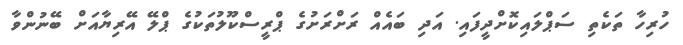
ހުރިހާ ތަކެތި ސަޕްލައިކޮށްދީފައި. އަދި ބައެއް ރަށްރަށުގެ ޕްރީސްކޫލުތަކުގެ ޕްލޭ އޭރިޔާއަށް ބޭނުންވާ